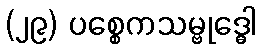
(၂၉) ပစ္စေကသမ္ဗုဒ္ဓေါ